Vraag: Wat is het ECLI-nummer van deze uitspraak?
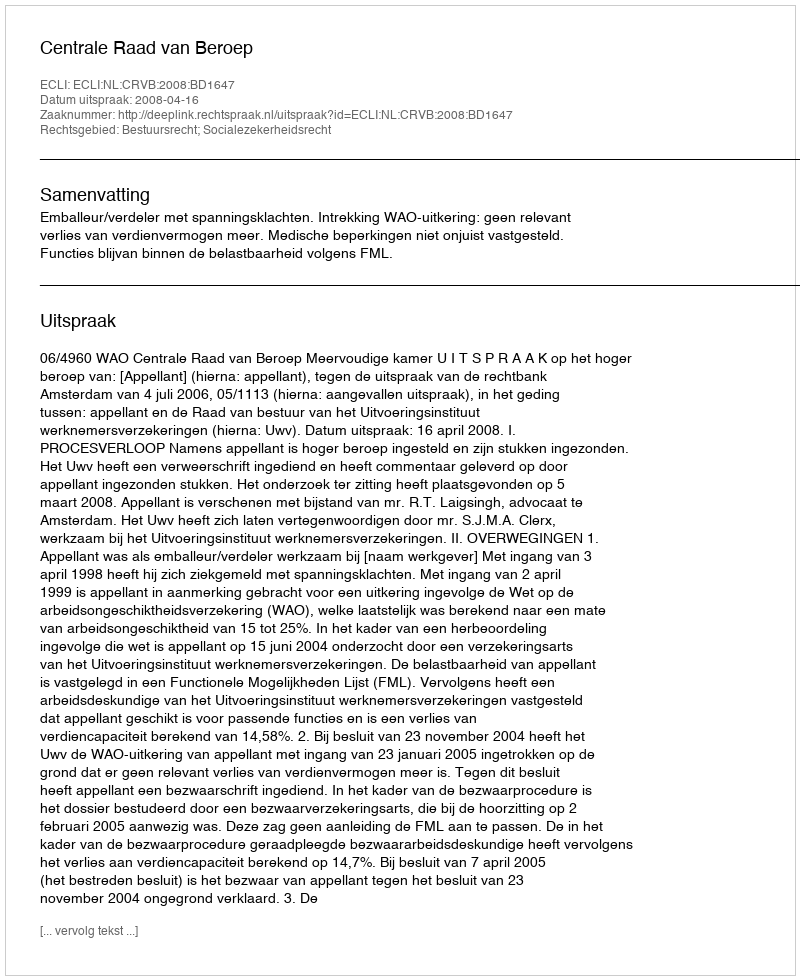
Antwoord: ECLI:NL:CRVB:2008:BD1647